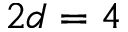
2 d = 4